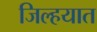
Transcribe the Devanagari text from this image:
जिल्‍हयात